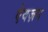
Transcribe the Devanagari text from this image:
ऐवज़ग